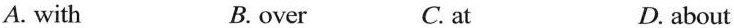
A. with B. over C. at D. about